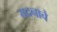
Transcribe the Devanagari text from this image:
मदनाचे